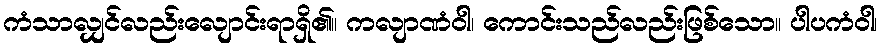
ကံသာလျှင်လည်းလျောင်းရာရှိ၏။ ကလျာဏံဝါ၊ ကောင်းသည်လည်းဖြစ်သော။ ပါပကံဝါ၊